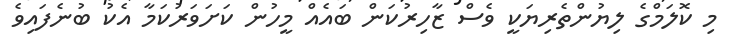
މި ކޮލަމްގެ ލިޔުންތެރިޔަކީ ވެސް ޒާހިރުކަން ބައެއް މީހުން ކަށަވަރުކަމާ އެކު ބުނެފައިވެ